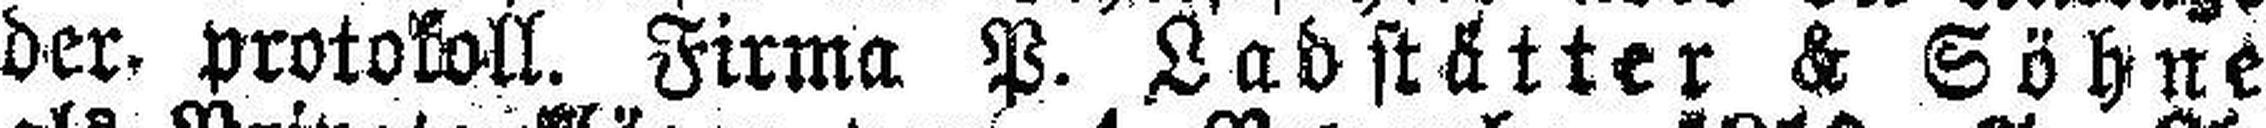
der. Protokoll. Firma P. Ladstätter & Söhne